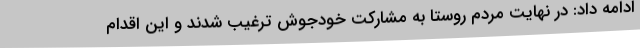
ادامه داد: در نهایت مردم روستا به مشارکت خودجوش ترغیب شدند و این اقدام